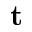
\mathbf { t }